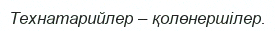
Технатарийлер – қолөнершілер.